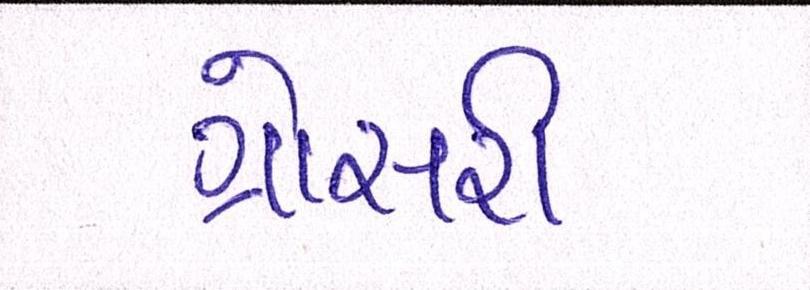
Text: ગ્રોસરી